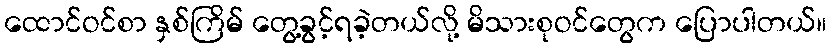
ထောင်ဝင်စာ နှစ်ကြိမ် တွေ့ခွင့်ရခဲ့တယ်လို့ မိသားစုဝင်တွေက ပြောပါတယ်။